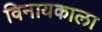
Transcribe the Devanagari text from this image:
विनायकाला